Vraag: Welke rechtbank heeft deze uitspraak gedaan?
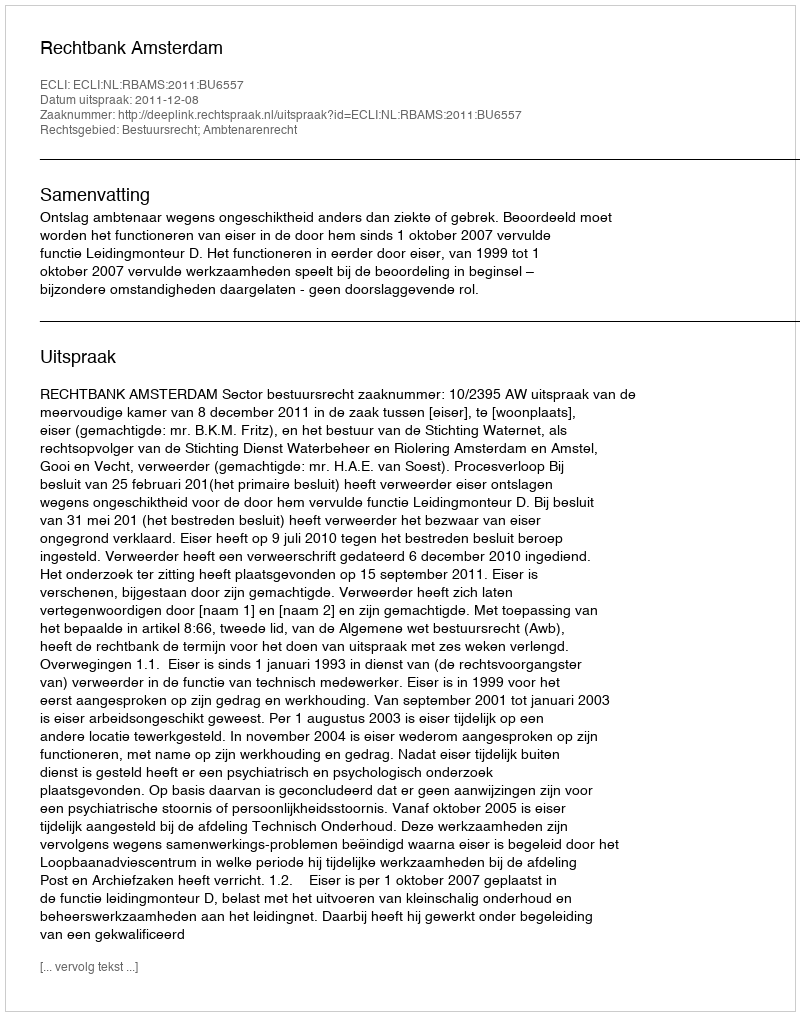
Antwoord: Rechtbank Amsterdam